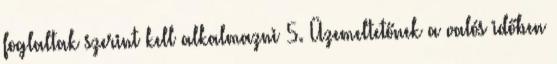
foglaltak szerint kell alkalmazni 5. Üzemeltetőnek a valós időben